Elephants and their diseases
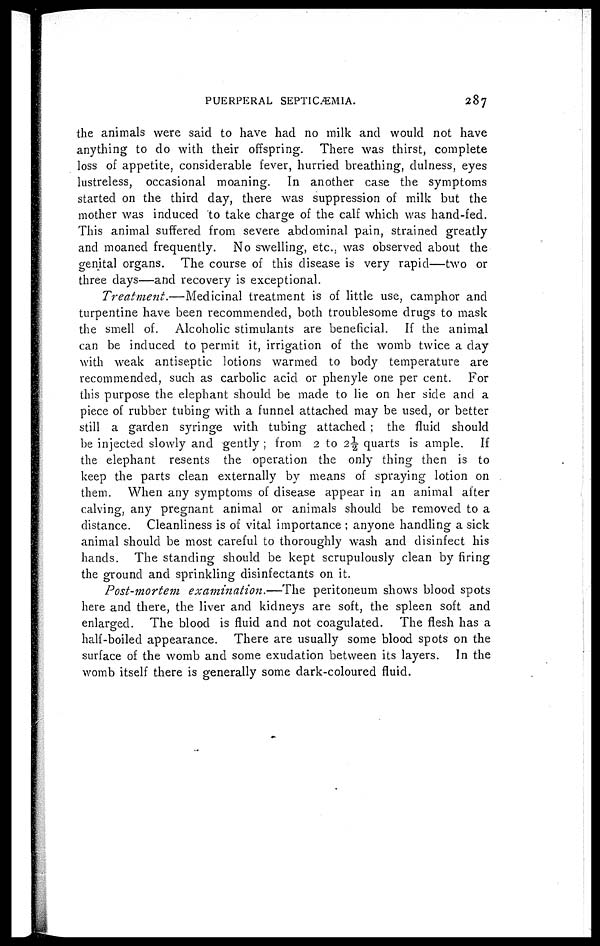
PUERPERAL SEPTICÆMIA.
287
the animals were said to have had no milk and would not have
anything to do with their offspring. There was thirst, complete
loss of appetite, considerable fever, hurried breathing, dulness, eyes
lustreless, occasional moaning. In another case the symptoms
started on the third day, there was suppression of milk but the
mother was induced to take charge of the calf which was hand-fed.
This animal suffered from severe abdominal pain, strained greatly
and moaned frequently. No swelling, etc., was observed about the
genital organs. The course of this disease is very rapid—two or
three days—and recovery is exceptional.
Treatment.—Medicinal
treatment is of little use, camphor and
turpentine have been recommended, both troublesome drugs to mask
the smell of. Alcoholic stimulants are beneficial. If the animal
can be induced to permit it, irrigation of the womb twice a day
with weak antiseptic lotions warmed to body temperature are
recommended, such as carbolic acid or phenyle one per cent. For
this purpose the elephant should be made to lie on her side and a
piece of rubber tubing with a funnel attached may be used, or better
still a garden syringe with tubing attached ; the fluid should
be injected slowly and gently ; from 2 to 2½ quarts is ample. If
the elephant resents the operation the only thing then is to
keep the parts clean externally by means of spraying lotion on
them. When any symptoms of disease appear in an animal after
calving, any pregnant animal or animals should be removed to a
distance. Cleanliness is of vital importance ; anyone handling a sick
animal should be most careful to thoroughly wash and disinfect his
hands. The standing should be kept scrupulously clean by firing
the ground and sprinkling disinfectants on it.
Post-mortem examination.—The
peritoneum shows blood spots
here and there, the liver and kidneys are soft, the spleen soft and
enlarged. The blood is fluid and not coagulated. The flesh has a
half-boiled appearance. There are usually some blood spots on the
surface of the womb and some exudation between its layers. In the
womb itself there is generally some dark-coloured fluid.